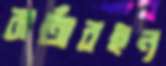
বার্তাবহন